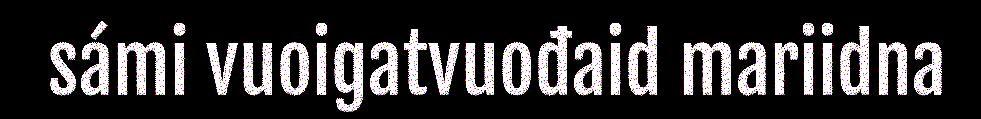
sámi vuoigatvuođaid mariidna